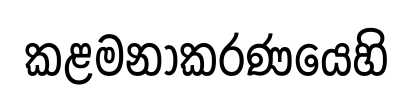
කළමනාකරණයෙහි